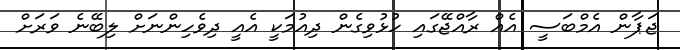
ޖަޕާން އެމްބަސީ އެއް ރާއްޖޭގައި ހުޅުވިގެން ދިއުމަކީ އެއީ ދިވެހިންނަށް ލިބޭނެ ވަރަށް